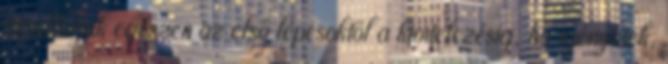
átvállaljuk egészen az első lépésektől a kivitelezésig, ha igénylitek,